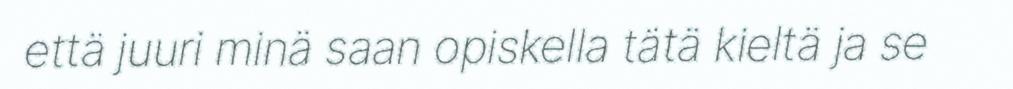
että juuri minä saan opiskella tätä kieltä ja se